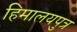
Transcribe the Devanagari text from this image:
हिमालयपुत्र